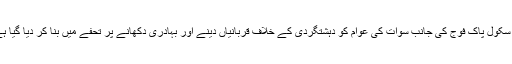
یہ سکول پاک فوج کی جانب سوات کی عوام کو دہشتگردی کے خلاف قربانیاں دینے اور بہادری دکھانے پر تحفے میں بنا کر دیا گیا ہے۔